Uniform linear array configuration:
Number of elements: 64
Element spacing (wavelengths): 1
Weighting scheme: hann
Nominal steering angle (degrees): -60
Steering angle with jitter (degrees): -59.137
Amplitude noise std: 0.05
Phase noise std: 0.05

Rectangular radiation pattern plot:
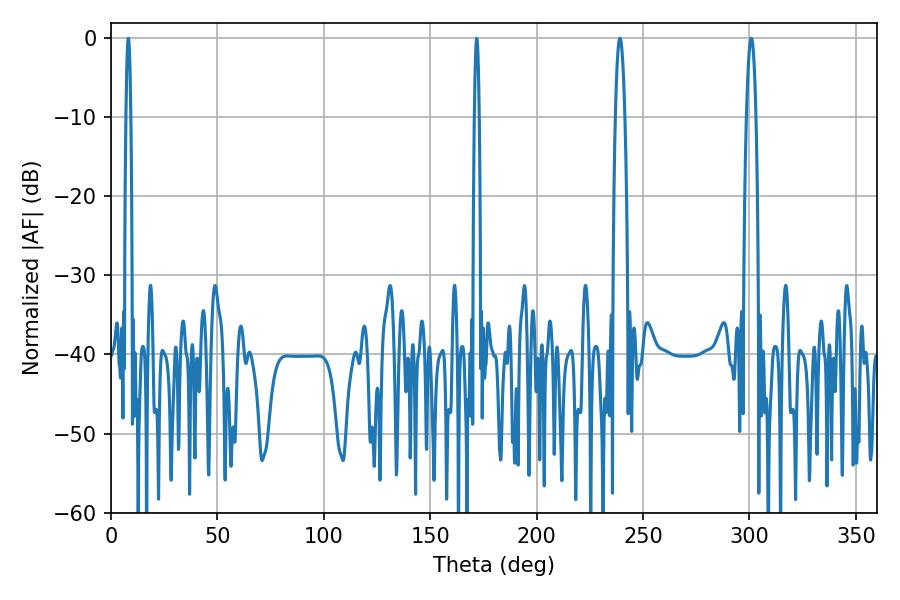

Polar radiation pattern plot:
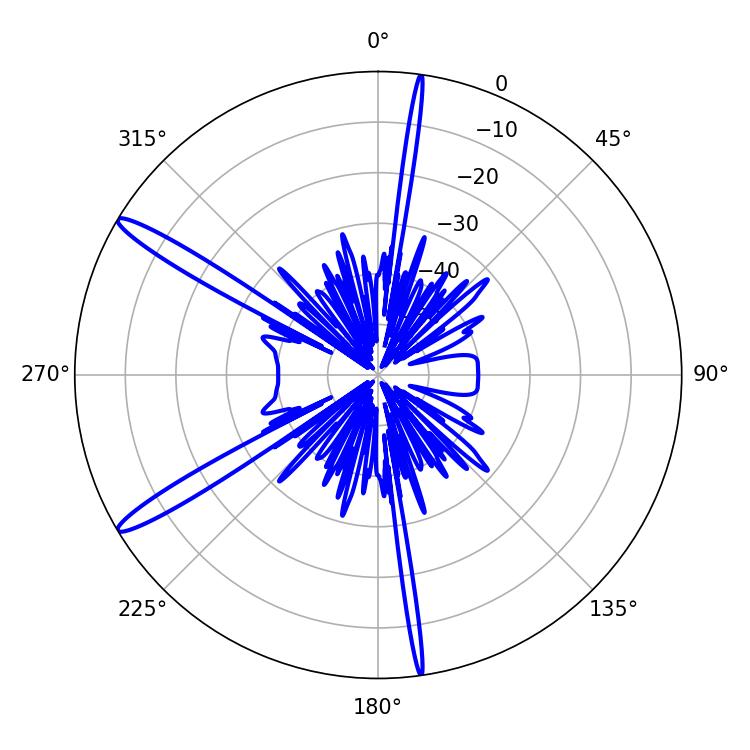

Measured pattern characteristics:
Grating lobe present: TRUE
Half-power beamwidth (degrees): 1.08
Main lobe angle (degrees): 8.1